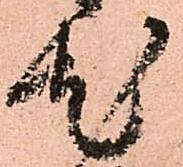
尤